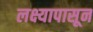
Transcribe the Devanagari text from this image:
लक्ष्यापासून